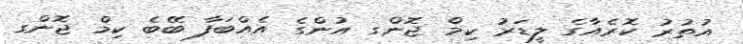
އުތުރު ކޮރެއާގެ ލީޑަރު ކިމް ޖޮންގ އުންގެ އެއްބަފާ ބޭބެ ކިމް ޖޮންގ